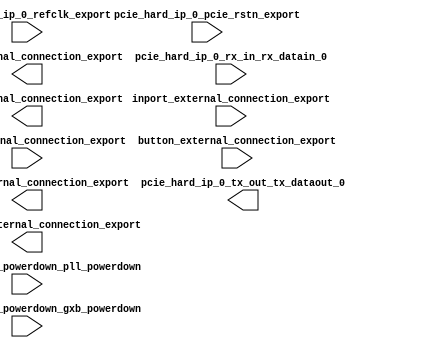

module pcihellocore (
	hex_display_external_connection_export,
	hexport_external_connection_export,
	inport_external_connection_export,
	led_g_external_connection_export,
	pcie_hard_ip_0_pcie_rstn_export,
	pcie_hard_ip_0_powerdown_pll_powerdown,
	pcie_hard_ip_0_powerdown_gxb_powerdown,
	pcie_hard_ip_0_refclk_export,
	pcie_hard_ip_0_rx_in_rx_datain_0,
	pcie_hard_ip_0_tx_out_tx_dataout_0,
	led_r_external_connection_export,
	switch_external_connection_export,
	button_external_connection_export);	

	output	[31:0]	hex_display_external_connection_export;
	output	[31:0]	hexport_external_connection_export;
	input	[15:0]	inport_external_connection_export;
	output	[31:0]	led_g_external_connection_export;
	input		pcie_hard_ip_0_pcie_rstn_export;
	input		pcie_hard_ip_0_powerdown_pll_powerdown;
	input		pcie_hard_ip_0_powerdown_gxb_powerdown;
	input		pcie_hard_ip_0_refclk_export;
	input		pcie_hard_ip_0_rx_in_rx_datain_0;
	output		pcie_hard_ip_0_tx_out_tx_dataout_0;
	output	[31:0]	led_r_external_connection_export;
	input	[31:0]	switch_external_connection_export;
	input	[31:0]	button_external_connection_export;
endmodule